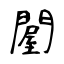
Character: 𨵱